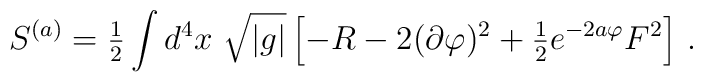
S^{(a)}= {\textstyle\frac{1}{2}}\int d^{4}x\ \sqrt{|g|}\left[-R -2(\partial\varphi)^{2}+{\textstyle\frac{1}{2}}e^{-2a\varphi}F^{2}\right]\, .